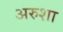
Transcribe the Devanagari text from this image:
अरुशा